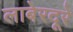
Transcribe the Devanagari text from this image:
लाबेरदूरे